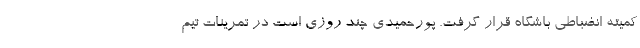
کمیته انضباطی باشگاه قرار گرفت. پورحمیدی چند روزی است در تمرینات تیم